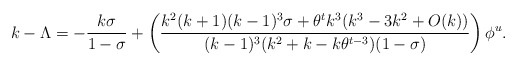
\begin{align*}k-\Lambda=-\frac{k\sigma}{1-\sigma}+\left( \frac{k^2(k+1)(k-1)^3\sigma +\theta^tk^3(k^3-3k^2+O(k))}{(k-1)^3(k^2+k-k\theta^{t-3})(1-\sigma)}\right) \phi^u.\end{align*}